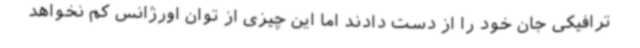
ترافیکی جان خود را از دست دادند اما این چیزی از توان اورژانس کم نخواهد